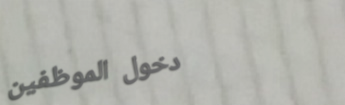
دخول الموظفين